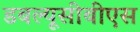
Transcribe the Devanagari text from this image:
डबल्यूसीबीएस